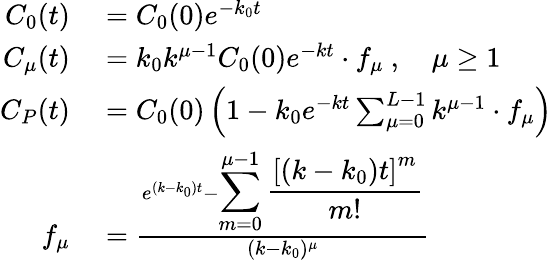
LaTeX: \begin{array}{rl}{C_{0}(t)}&{{}=C_{0}(0)e^{-k_{0}t}}\\ {C_{\mu}(t)}&{{}=k_{0}k^{\mu-1}C_{0}(0)e^{-kt}\cdot f_{\mu}\ ,\quad\mu\geq 1}\\ {C_{P}(t)}&{{}=C_{0}(0)\left(1-k_{0}e^{-kt}\sum_{\mu=0}^{L-1}k^{\mu-1}\cdot f_{\mu}\right)}\\ {f_{\mu}}&{{}=\frac{e^{(k-k_{0})t}-{\displaystyle\sum_{m=0}^{\mu-1}\frac{\left[(k-k_{0})t\right]^{m}}{m!}}}{(k-k_{0})^{\mu}}}\end{array}